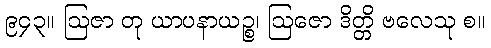
၉၄၃။ ဩဇာ တု ယာပနာယဉ္စ၊ ဩဇော ဒိတ္တိ ဗလေသု စ။